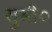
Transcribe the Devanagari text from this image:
सुश्री०